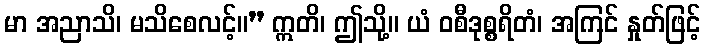
မာ အညာသိ၊ မသိစေလင့်။” ဣတိ၊ ဤသို့။ ယံ ဝစီဒုစ္စရိတံ၊ အကြင် နှုတ်ဖြင့်